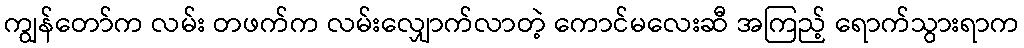
ကျွန်တော်က လမ်း တဖက်က လမ်းလျှောက်လာတဲ့ ကောင်မလေးဆီ အကြည့် ရောက်သွားရာက